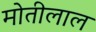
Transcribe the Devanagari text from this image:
माेतीलाल